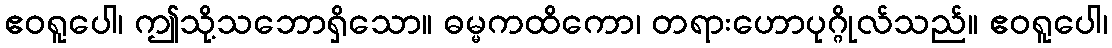
ဧဝရူပေါ၊ ဤသို့သဘောရှိသော။ ဓမ္မကထိကော၊ တရားဟောပုဂ္ဂိုလ်သည်။ ဧဝရူပေါ၊